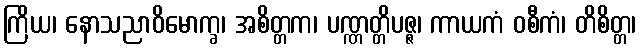
ကြိယ၊ နောသညာဝိမောက္ခ၊ အစိတ္တက၊ ပဏ္ဏတ္တိပဇ္ဇ၊ ကာယကံ ဝစီကံ၊ တိစိတ္တ၊